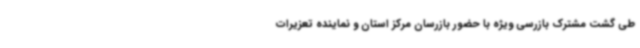
طی گشت مشترک بازرسی ویژه با حضور بازرسان مرکز استان و نماینده تعزیرات